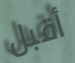
أقبل